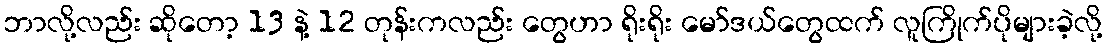
ဘာလို့လည်း ဆိုတော့ 13 နဲ့ 12 တုန်းကလည်း တွေဟာ ရိုးရိုး မော်ဒယ်တွေထက် လူကြိုက်ပိုများခဲ့လို့